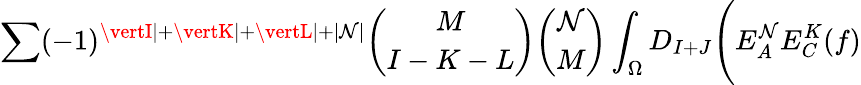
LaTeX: \sum(-1)^{\vertI\vert+\vertK\vert+\vertL\vert+\vert\mathcal{N}\vert}{\binom{M}{I-K-L}}{\binom{\mathcal{N}}{M}}\int_{\Omega}D_{I+J}\Biggl(E_{A}^{\mathcal{N}}E_{C}^{K}(f)